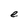
Character: e